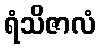
ရံသိဇာလံ